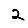
Digit: 2